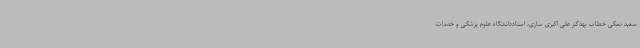
سعید نمکی خطاب بهدکتر علی اکبری ساری، استاددانشگاه علوم پزشکی و خدمات